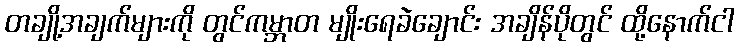
တချို့အချက်များကို တွင်ကမ္ဘာတ မျိုးရေခဲချောင်း အချိန်ပိုတွင် ထို့နောက်ငါ